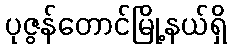
ပုဇွန်တောင်မြို့နယ်ရှိ